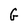
Character: G